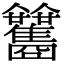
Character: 𩁰